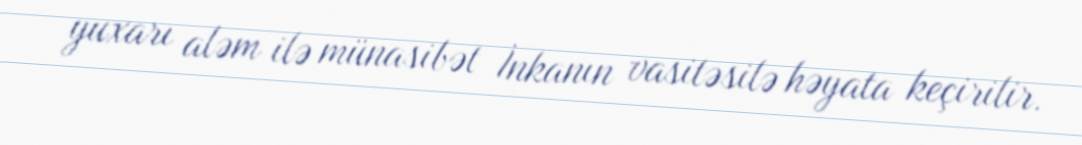
yuxarı aləm ilə münasibət İnkanın vasitəsilə həyata keçirilir.